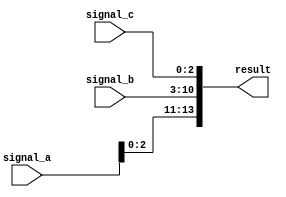
module concat_example (
    input wire [3:0] signal_a,  // 4-bit input signal
    input wire [7:0] signal_b,  // 8-bit input signal
    input wire [2:0] signal_c,  // 3-bit input signal
    output wire [13:0] result    // Output vector to hold concatenated result
);

// Continuous assignment using concatenation
assign result = {signal_a, signal_b, signal_c}; // Concatenating signal_a, signal_b, and signal_c

endmodule